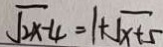
\sqrt { 2 x - 4 } = 1 + \sqrt { x + 5 }